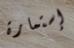
إستمارة